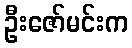
ဦးဇော်မင်းက